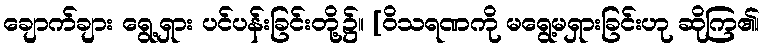
ချောက်ချား ရွေ့ရှား ပင်ပန်းခြင်းတို့၌။ [ဝိသရဏကို မရွေ့မရှားခြင်းဟု ဆိုကြ၏၊